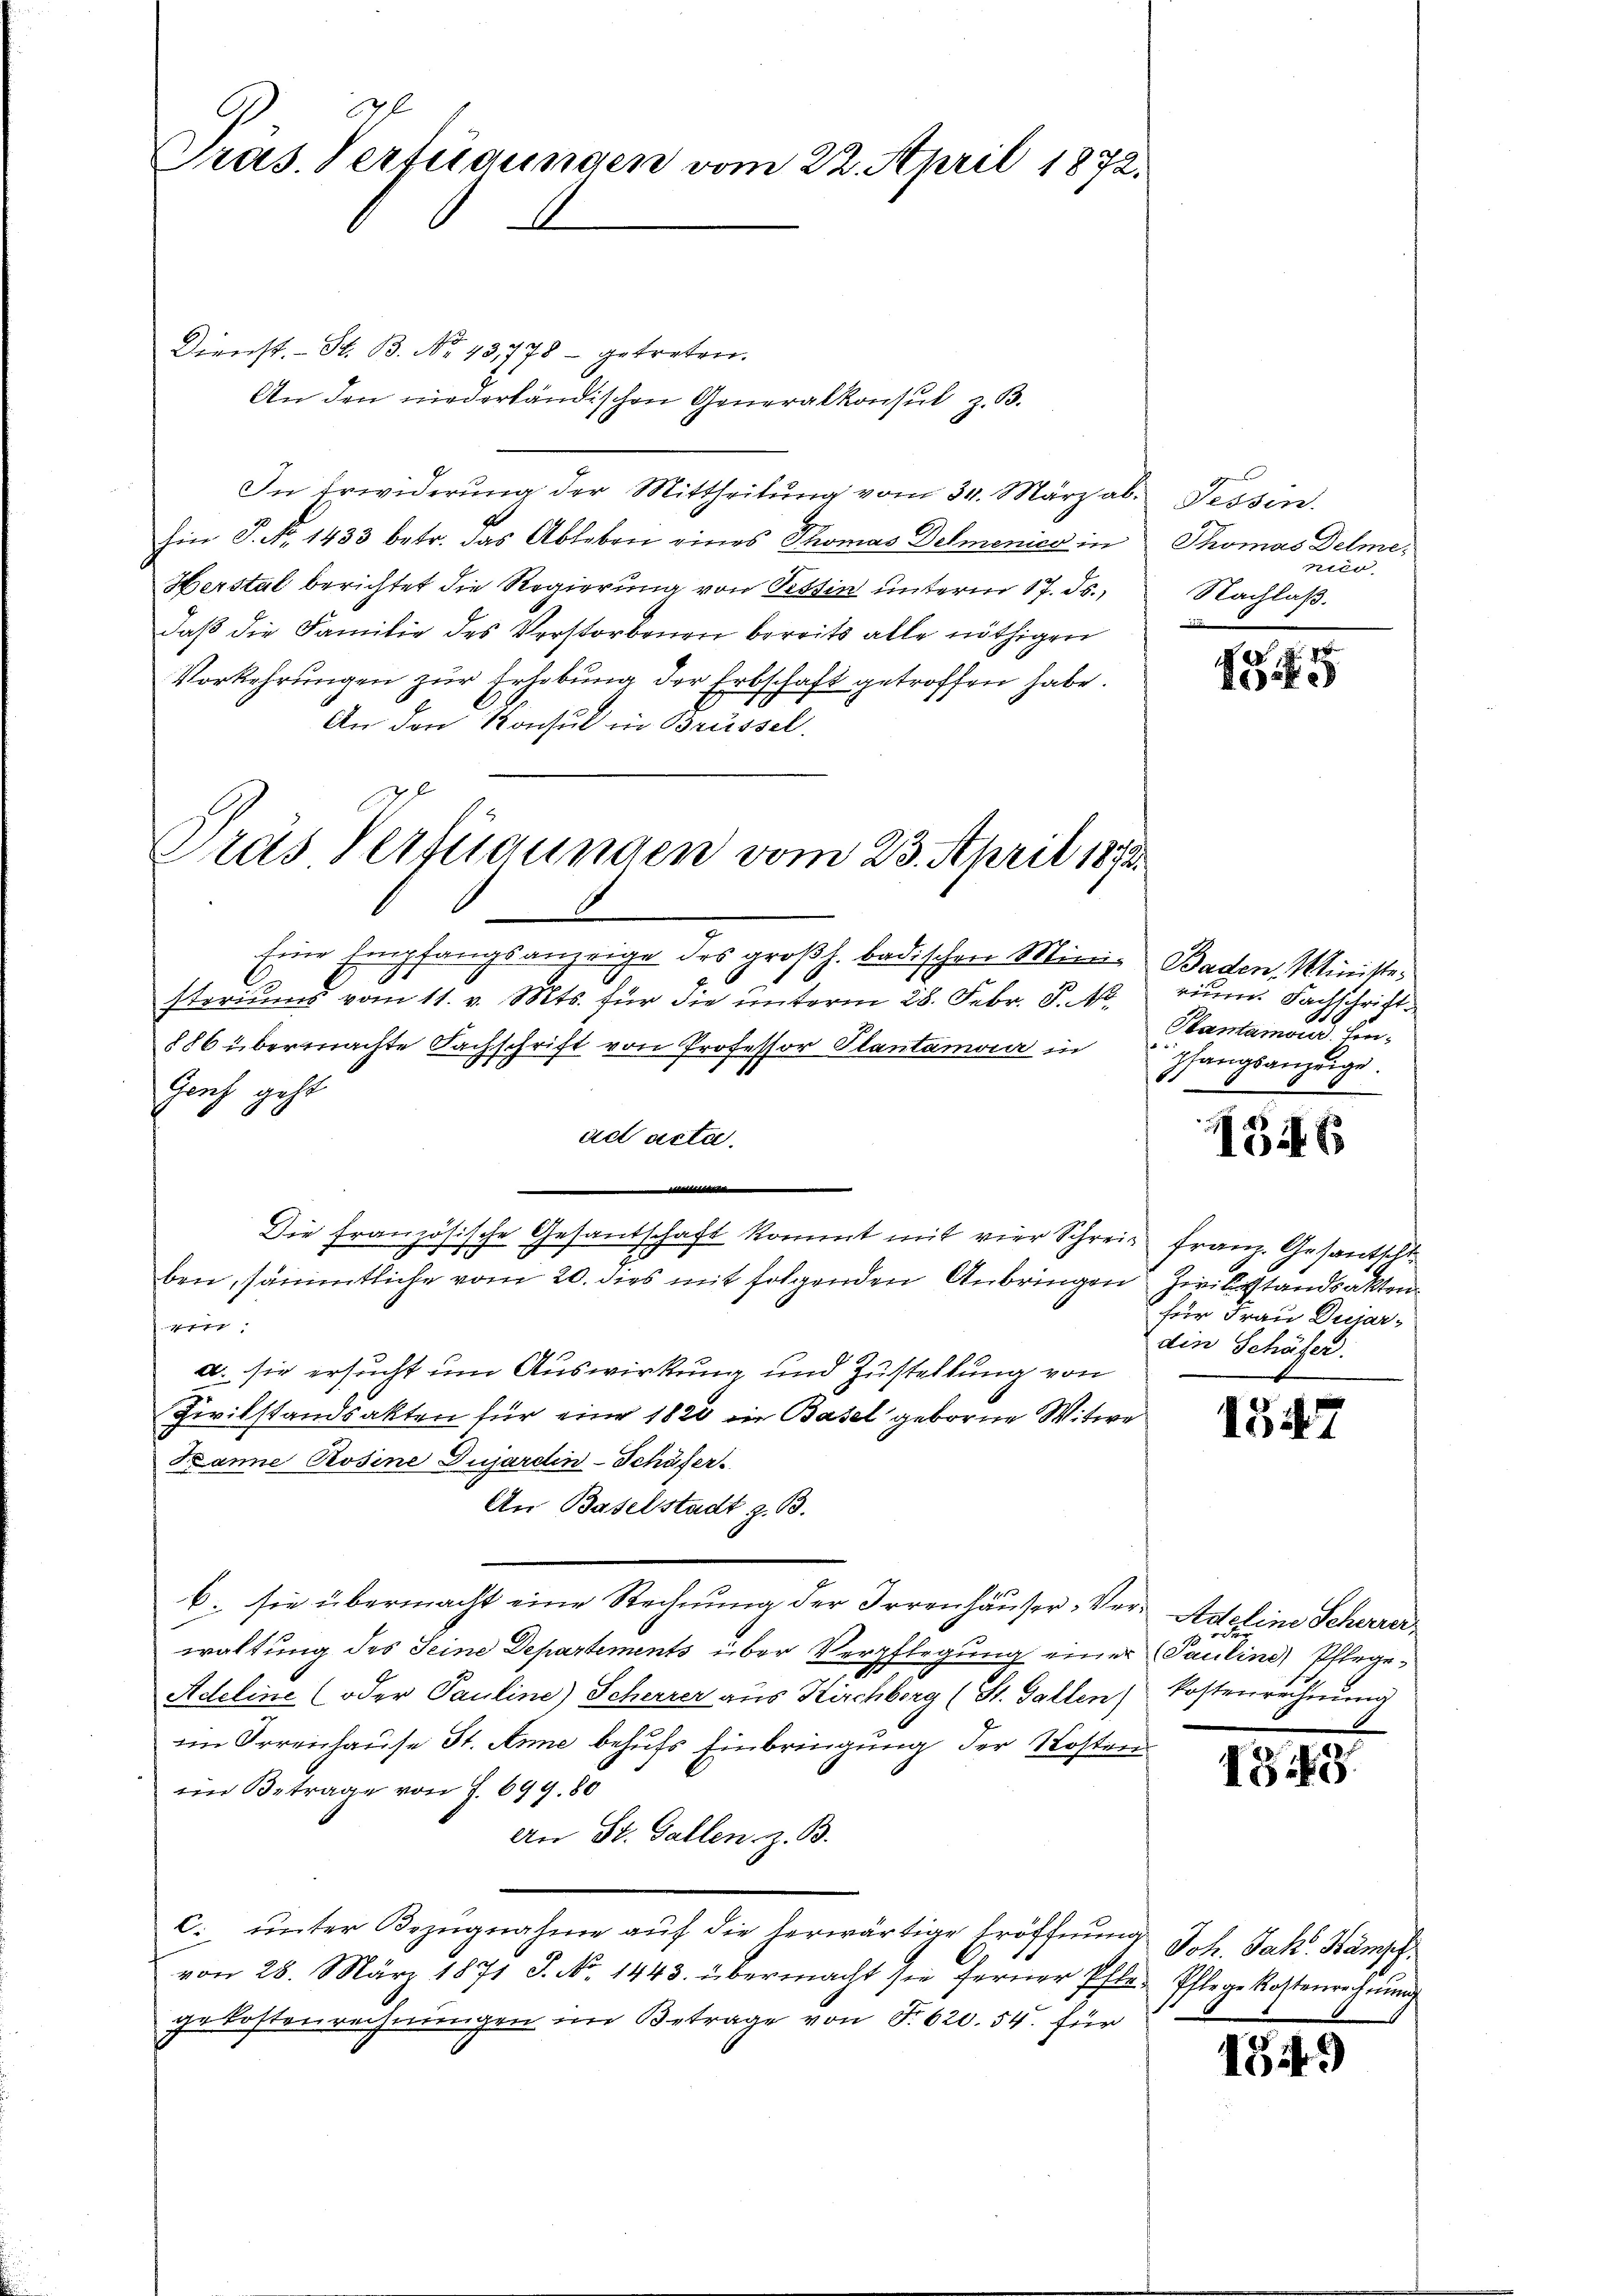
gl
Präs. Verfügungen vom 22. April 1872.

Dienst. - St. B. No. 43,778 - getreten.
An den niederländischen Generalkonsul z. B.
In Erwiderŭng der Mittheilŭng vom 31. März ab. Tessin.
Ein P. No. 1433 betr. das Ableben eines Thomas Delmenier in
Herstal berichtet die Regierung von Tessin unterm 17. ds.
daß die Familie des Verstorbenen bereits alle nöthigen
Vorkehrungen zur Erhebung der Erbschaft getroffen habe.
An den Konsul in Brüssel.
Eine Empfangsanzeige des großh. badischen Mini- Baden, Minister
storiums vom 11. v. Mts. für die unterm 28. Febr. S. 16.
886 übermachte Fachschrift von Professor Plantamor in
Genf geht
ad acta.
Die französische Gesantschaft kommt mit vier Schreie Franz. Gesantscht
7
sch
ben, sämmtliche vom 20. dies mit folgenden Anbringen Zivilstandsakten.
4ff
a. sie ersucht um Auswirkung und Zustellung von
Zivilstandsakten für eine 1820 in Basel geborne Witwe
Kanne Rosine Dujardin-Schäfer
An Baselstadt z. B.
b. sie übermacht eine Rechnŭng der Irrenhäuser. Ver- Adeline Schwererwaltung des Seine Departements über Verpflegung einer Pauline Pflege¬
Adeline (oder Pauline) Scherrer aus Kirchberg (St. Gallen Kostenrechnung
im Irrenhause St. Anne behufs Einbringung der Kosten
im Betrage von J. 699. 80
An St. Gallen z. B.
c. ŭnter Bezŭgnahme aŭf die herwärtige Eröffnung Joh. Jak. Kamp
von 28. März 1871 S. No. 1443. übermacht sie ferner Pfle Pflege Kostenrechnŭng
gekostenrechnungen im Betrage von T. 620. 54. für

Dras Verfügungen vom 23. April 1872.

Thomas Delme
nico.
Nachlaß.

5

rium. Fachschrift.
Hantamound. Einpfangsanzeige.

15

E

für Frau Duiar-
din Schäfer:

1547

1349.

1549